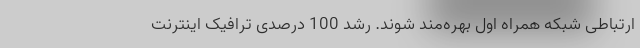
ارتباطی شبکه همراه اول بهره‌مند شوند. رشد 100 درصدی ترافیک اینترنت